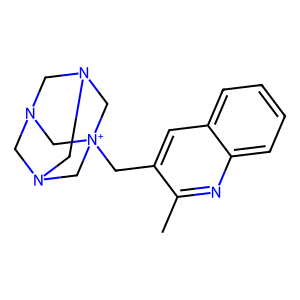
SMILES: Cc1nc2ccccc2cc1C[N+]12CN3CN(CN(C3)C1)C2
Inhibits HIV replication: No